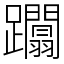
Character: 躢